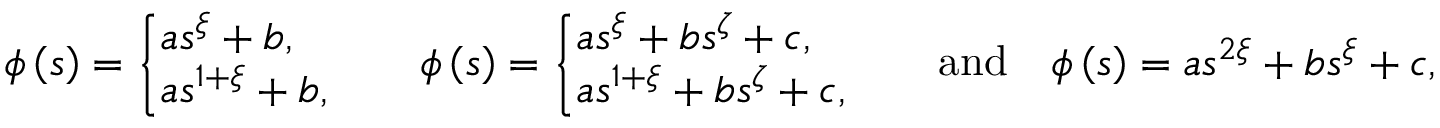
\phi \left( s \right) = \left\{ \! \! \! \begin{array} { l } { a s ^ { \xi } + b , \smallskip } \\ { a s ^ { 1 + \xi } + b , } \end{array} \ \right. \quad \phi \left( s \right) = \left\{ \! \! \! \begin{array} { l } { a s ^ { \xi } + b s ^ { \zeta } + c , \smallskip } \\ { a s ^ { 1 + \xi } + b s ^ { \zeta } + c , } \end{array} \ \right. \quad \mathrm { a n d } \quad \phi \left( s \right) = a s ^ { 2 \xi } + b s ^ { \xi } + c ,